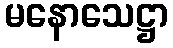
မနောသေဋ္ဌာ